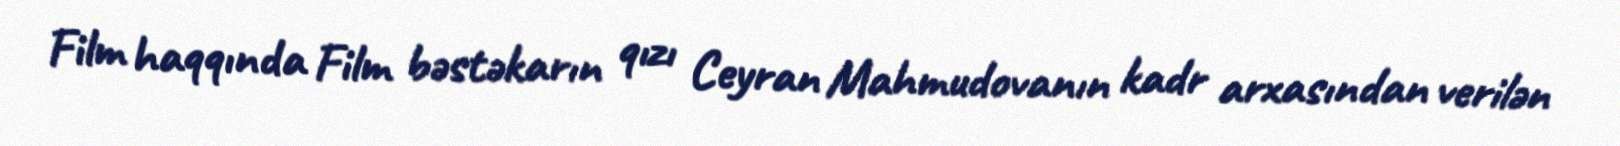
Film haqqında Film bəstəkarın qızı Ceyran Mahmudovanın kadr arxasından verilən